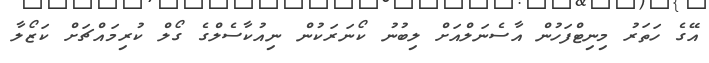
އޭގެ ހަތަރު މިނިޓްފަހުން އާސެނަލްއަށް ލިބުނު ކޯނަރަކުން ނިއުކާސެލްގެ ގޯލް ކުރިމައްޗަށް ކަޒޯލާ